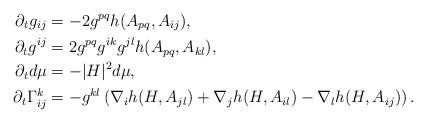
LaTeX: \begin{align*} \partial_t g_{ij} &=-2 g^{pq}h (A_{pq}, A_{ij}), \\ \partial_t g^{ij} &= 2g^{pq} g^{ik} g^{jl} h(A_{pq}, A_{kl}), \\ \partial_t d\mu &= -|H|^2 d\mu, \\ \partial _t \Gamma_{ij}^k&=-g^{kl}\left( \nabla_ih( H,A_{jl})+ \nabla_jh( H,A_{il})- \nabla_lh( H,A_{ij}) \right).\end{align*}